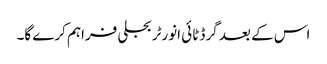
اس کے بعد گرڈ ٹائی انورٹر بجلی فراہم کرے گا۔